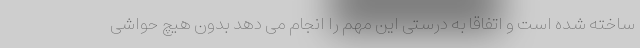
ساخته شده است و اتفاقا به درستی این مهم را انجام می دهد بدون هیچ حواشی